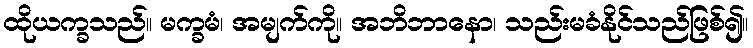
ထိုယက္ခသည်။ မက္ခမံ၊ အမျက်ကို။ အဘိဘာနော၊ သည်းမခံနိုင်သည်ဖြစ်၍။